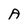
Character: A